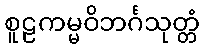
စူဠကမ္မဝိဘင်္ဂသုတ္တံ